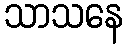
သာသနေ